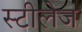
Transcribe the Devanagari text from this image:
स्टीलेज